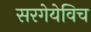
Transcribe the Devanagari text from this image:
सरगेयेविच